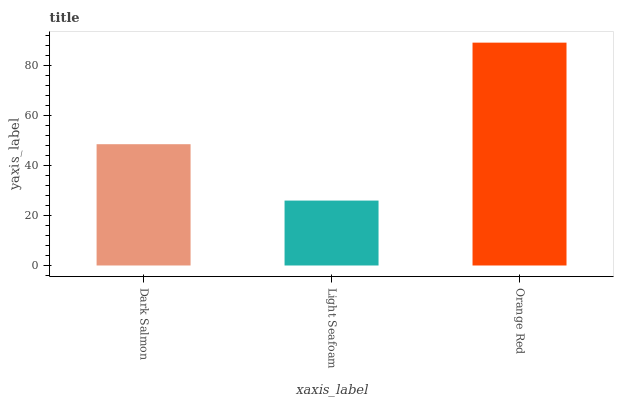
| xaxis_label | bars |
 | --- | --- |
 | Dark Salmon | 48.4 |
 | Light Seafoam | 25.9 |
 | Orange Red | 89 |